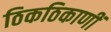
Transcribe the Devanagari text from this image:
ठिकठिकाणीं